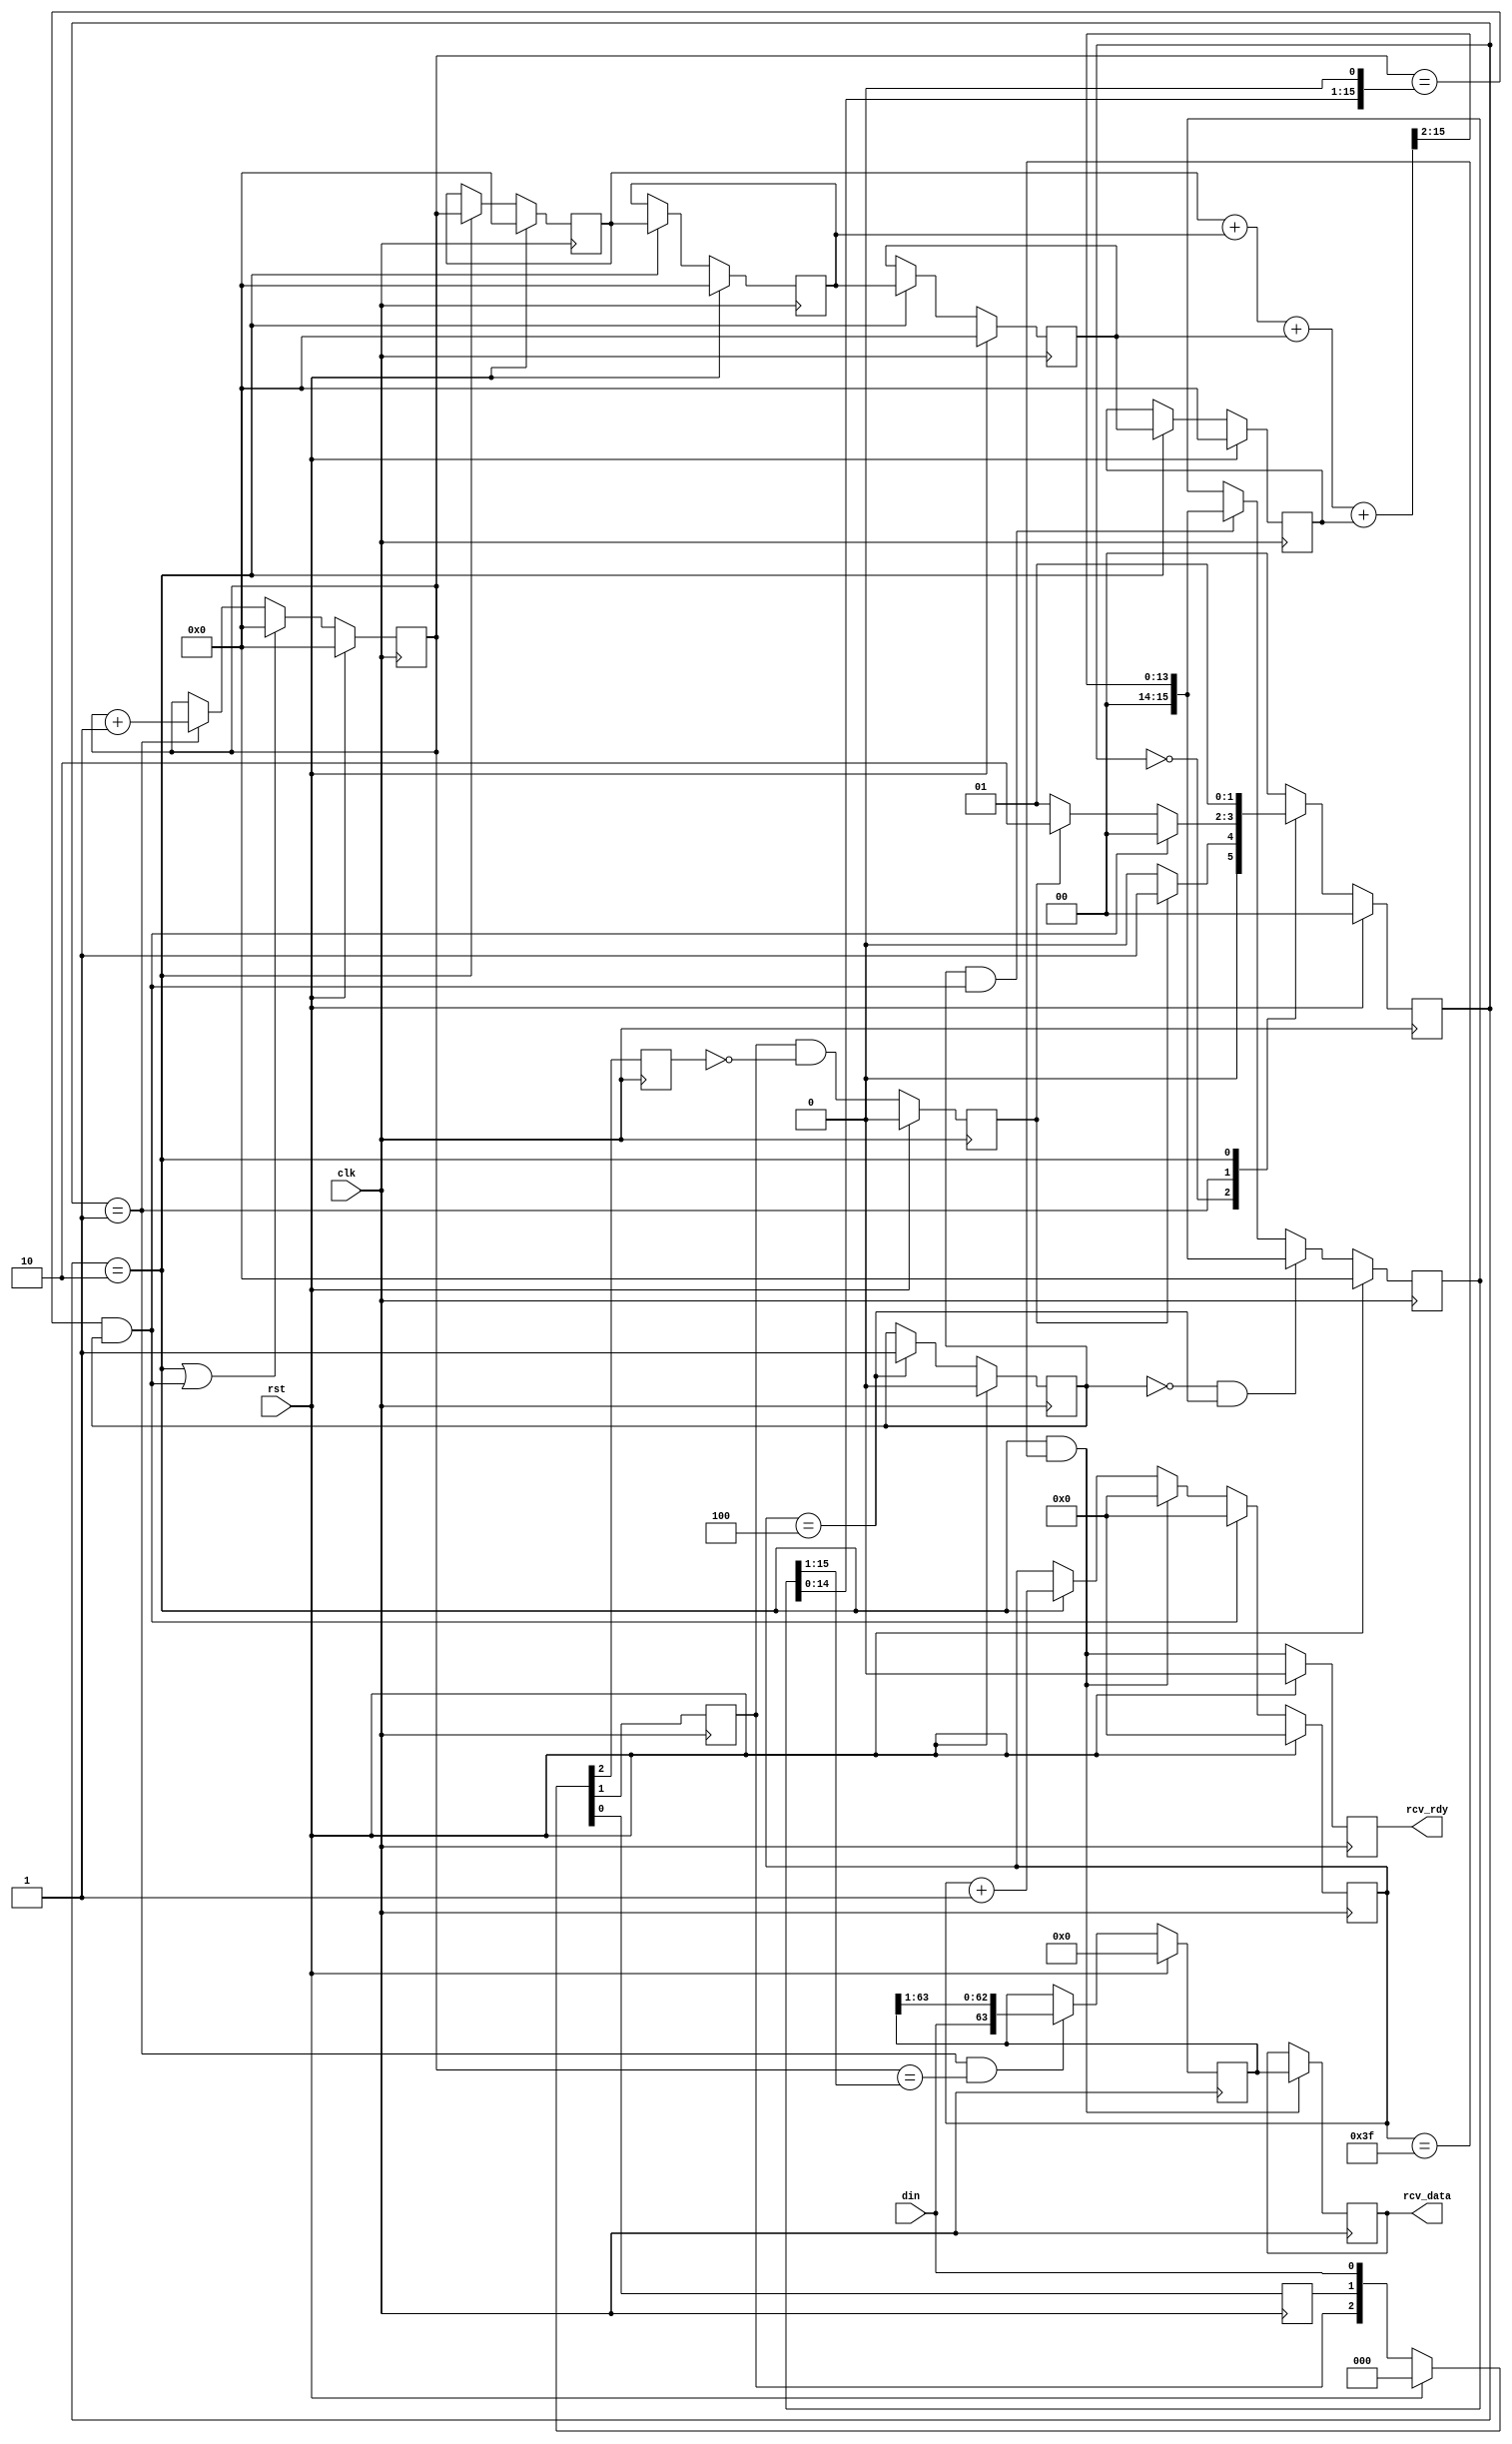
/*
 Simple OneWire data transfers

 Kirk Weedman

 Feb. 22, 2009

 Concept:
   Transfer data across 1 wire between FPGAs

 Method:
    DLY_TIME: time signal held low after reset occurs
    SYNC_BITS: 5 "logic 0's" transmitted once every FRAME_FREQ DATA_BITS
    DATA_BITS: Number of "logic 0" or "logic 1" bits occuring after SYNC_BITS:
    FRAME_FREQ: Number of times DATA_BITS are repeatedly sent before sending SYNC_BITS again, etc..
    FRAME: SYNC_BITS, low on DOUT for more than 4*TB, followed by DATA_BITS repeated FRAME_FREQ times
    TB: Amount of time it takes to transmit a "logic 0" or logic 1"

    After reset, the DOUT signal is held low for DLY_TIME, followed by SYNC_BITS, then followed by
    a low for greater than the length of 4 TB time periods (signaling an auto resync), then
    followed by DATA_BITS which repeat FRAME_FREQ times or until another reset occurs.

                +---+           +
    SYNC_BIT ---+   +---+---+---+  "logic 0"
                |<----- TB ---->|

                +---+---+---+   +
             ---+           +---+  "logic 1"

    To determine of a bit is a logic 0 or 1:
       1. Use a sampling clock at least 8 times faster than 1/TB.
       2. Calculate the number of sampling clocks (N) for one SYNC_BIT by averaging
          the time for all the SYNC_BITS
       3. Divide N by 2 = M
       4. At M sampling clocks after the beginning of a DATA_BIT, sample the signal
          and determine if its a logic 1 or 0

                           +-+     +-+     +-+     +-+     +-+
  DIN  --------------------+ +-+-+-+ +-+-+-+ +-+-+-+ +-+-+-+ +-+-+-+-----------------------------------
       |<---- DLY_TIME---->|<----- 5 "logic 0's" ----------------->|<---low greater than 2 bits of time

       followd by DATA_BITS made of "logic 1's" and/or "logic 0's" which are repeated FRAME_FREQ times

*/
`timescale 1ns/100ps

module onewire_rcv (rst, clk, rcv_data, rcv_rdy, din);

parameter SYNC_BITS  = 5;        // Number of "logic 0" sync bits used by receiver to determine TB
parameter DATA_BITS  = 64;       // Number of data bits (logic 0 or 1) to transmit
parameter TPD        = 1.3;

localparam XS    = clogb2(DATA_BITS-1);

input  wire                 rst;        // reset signal
input  wire                 clk;        // high speed sampling clock
output reg  [DATA_BITS-1:0] rcv_data;
output reg                  rcv_rdy;
input  wire                 din;

// local registers
reg          [15:0] tb_cnt;
reg          [15:0] tb_width;
wire         [15:0] Q12;

reg [DATA_BITS-1:0] rdata;
reg        [XS-1:0] data_cnt;

reg                 d2, d1, d0;
reg                 DBrise;
reg           [1:0] TB_state;
reg           [1:0] TB_state_next;
reg          [15:0] S_TB [0:3]; // SYNC_BIT TB time recording
wire                resync;
wire         [15:0] timeout;
reg                 tb_flag;

localparam TB_IDLE   = 0,
           TB_BIT    = 1,
           TB_NEXT   = 2;

assign timeout = (tb_width<<1); // din low for more than 2 * tb_width is a resync
// resync occurs if low more than 2*TB once we've gotten the initial SYNC_BITS
assign resync  = (tb_cnt == timeout) && tb_flag;

assign Q12 = (tb_width >> 1); // TB/2

always @(posedge clk)
begin
  if (rst)
    tb_flag <= #TPD 1'b0;
  else if (data_cnt == (SYNC_BITS-1))
    tb_flag <= #TPD 1'b1; // stays high once 1st set of SYNC_BITS has finished

  if (rst)
    {d2, d1, d0} <= #TPD 3'b0;
  else
    {d2, d1, d0} <= #TPD {d1, d0, din};

  if (rst)
    DBrise <= #TPD 1'b0;
  else
    DBrise <= #TPD d1 & !d2; // rising edge of DATA_BIT or SYNC_BIT

  if (rst)
    tb_cnt <= #TPD 1'b0;
  else if ((TB_state == TB_NEXT) || resync)
    tb_cnt <= #TPD 1'b0;
  else if (TB_state == TB_BIT)
    tb_cnt <= #TPD tb_cnt + 1'b1;

  if (rst)
    tb_width <= #TPD 0;
  else if (!tb_flag && (data_cnt == (SYNC_BITS-1)))
    tb_width <= #TPD (S_TB[0]+S_TB[1]+S_TB[2]+S_TB[3]) >> 2; // new average of SYNC_BIT timings
  else if (tb_flag && resync) // once every second
    tb_width <= #TPD (S_TB[0]+S_TB[1]+S_TB[2]+S_TB[3]) >> 2; // new average of SYNC_BIT timings

  if (rst)
    {S_TB[3], S_TB[2], S_TB[1], S_TB[0]} <= #TPD {16'b0,16'b0,16'b0,16'b0};
  else if (TB_state == TB_NEXT)
    {S_TB[3], S_TB[2], S_TB[1], S_TB[0]} <= #TPD {S_TB[2], S_TB[1], S_TB[0], tb_cnt};

  if (rst)
    TB_state <= #TPD TB_IDLE;
  else
    TB_state <= #TPD TB_state_next;

  if (rst)
    rdata <= #TPD 1'b0;
  else if ((TB_state == TB_BIT) && (tb_cnt == Q12))
    rdata <= #TPD {din,rdata[DATA_BITS-1:1]};

  if ((TB_state == TB_NEXT) && (data_cnt == (DATA_BITS-1)))
    rcv_data <= #TPD rdata;

  if (rst)
    rcv_rdy <= #TPD 1'b0;
  else
    rcv_rdy <= #TPD ((TB_state == TB_NEXT) && (data_cnt == (DATA_BITS-1)));

  if (rst)
    data_cnt <= #TPD 1'b0;
  else if (resync)
    data_cnt <= #TPD 1'b0;
  else if ((TB_state == TB_NEXT) && (data_cnt == (DATA_BITS-1)))
    data_cnt <= #TPD 1'b0;
  else if (TB_state == TB_NEXT)
    data_cnt <= #TPD data_cnt + 1'b1;
end

always @*
begin
   case(TB_state)
     TB_IDLE:
     begin
       if (DBrise)
         TB_state_next = TB_BIT;  // beginning of a DATA_BIT or SYNC_BIT
       else
         TB_state_next = TB_IDLE;  // Wait for 1st DATA_BIT or SYNC_BIT
     end

     TB_BIT:
     begin
       if (resync)
         TB_state_next = TB_IDLE;
       else if (DBrise)
         TB_state_next = TB_NEXT;  // beginning of nexy DATA_BIT or SYNC_BIT
       else
         TB_state_next = TB_BIT;
     end

     TB_NEXT:
     begin
       TB_state_next = TB_BIT;
     end

     default:
     begin
       TB_state_next = TB_IDLE;
     end
   endcase
end


function integer clogb2;
input [31:0] depth;
begin
  for(clogb2=0; depth>0; clogb2=clogb2+1)
  depth = depth >> 1;
end
endfunction

endmodule